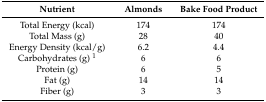
<table><thead><tr><td><b>Nutrient</b></td><td><b>Almonds</b></td><td><b>Bake Food Product</b></td></tr></thead><tbody><tr><td>Total Energy (kcal)</td><td>174</td><td>174</td></tr><tr><td>Total Mass (g)</td><td>28</td><td>40</td></tr><tr><td>Energy Density (kcal/g)</td><td>6.2</td><td>4.4</td></tr><tr><td>Carbohydrates (g) <sup>1</sup></td><td>6</td><td>6</td></tr><tr><td>Protein (g)</td><td>6</td><td>5</td></tr><tr><td>Fat (g)</td><td>14</td><td>14</td></tr><tr><td>Fiber (g)</td><td>3</td><td>3</td></tr></tbody></table>